Bombay plague: being a history of the progress of plague in the Bombay presidency from September 1896 to June 1899
Year: 1896
Disease focus: Plague
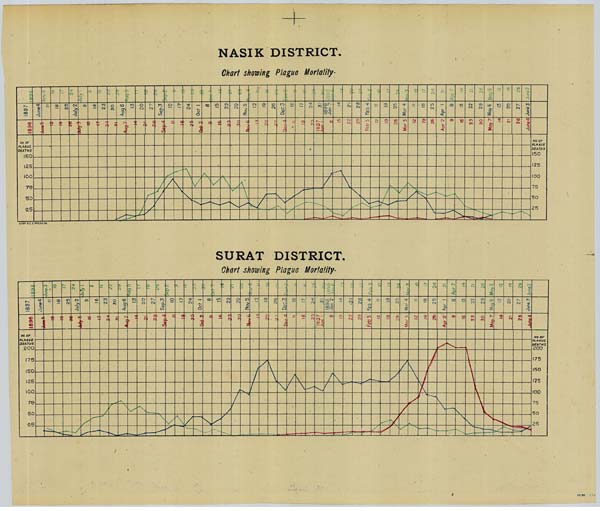
NASIK DISTRICT.
Chart showing Plague Mortality.
SURAT DISTRICT.
Chart showing Plague Mortality.